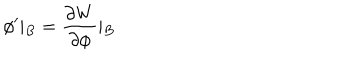
LaTeX: \phi ^ { \prime } \vert _ { B } = \frac { \partial W } { \partial \phi } \vert _ { B }